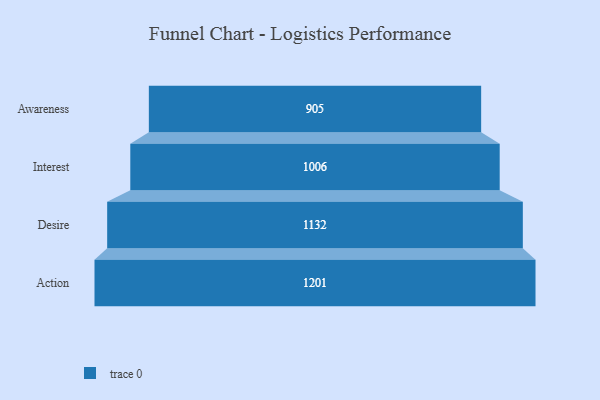
{"axis": {"x": "Stage", "y": "Value"}, "legend": [""], "data": [{"x": "Awareness", "y": 905.0, "type": ""}, {"x": "Interest", "y": 1006.0, "type": ""}, {"x": "Desire", "y": 1132.0, "type": ""}, {"x": "Action", "y": 1201.0, "type": ""}]}